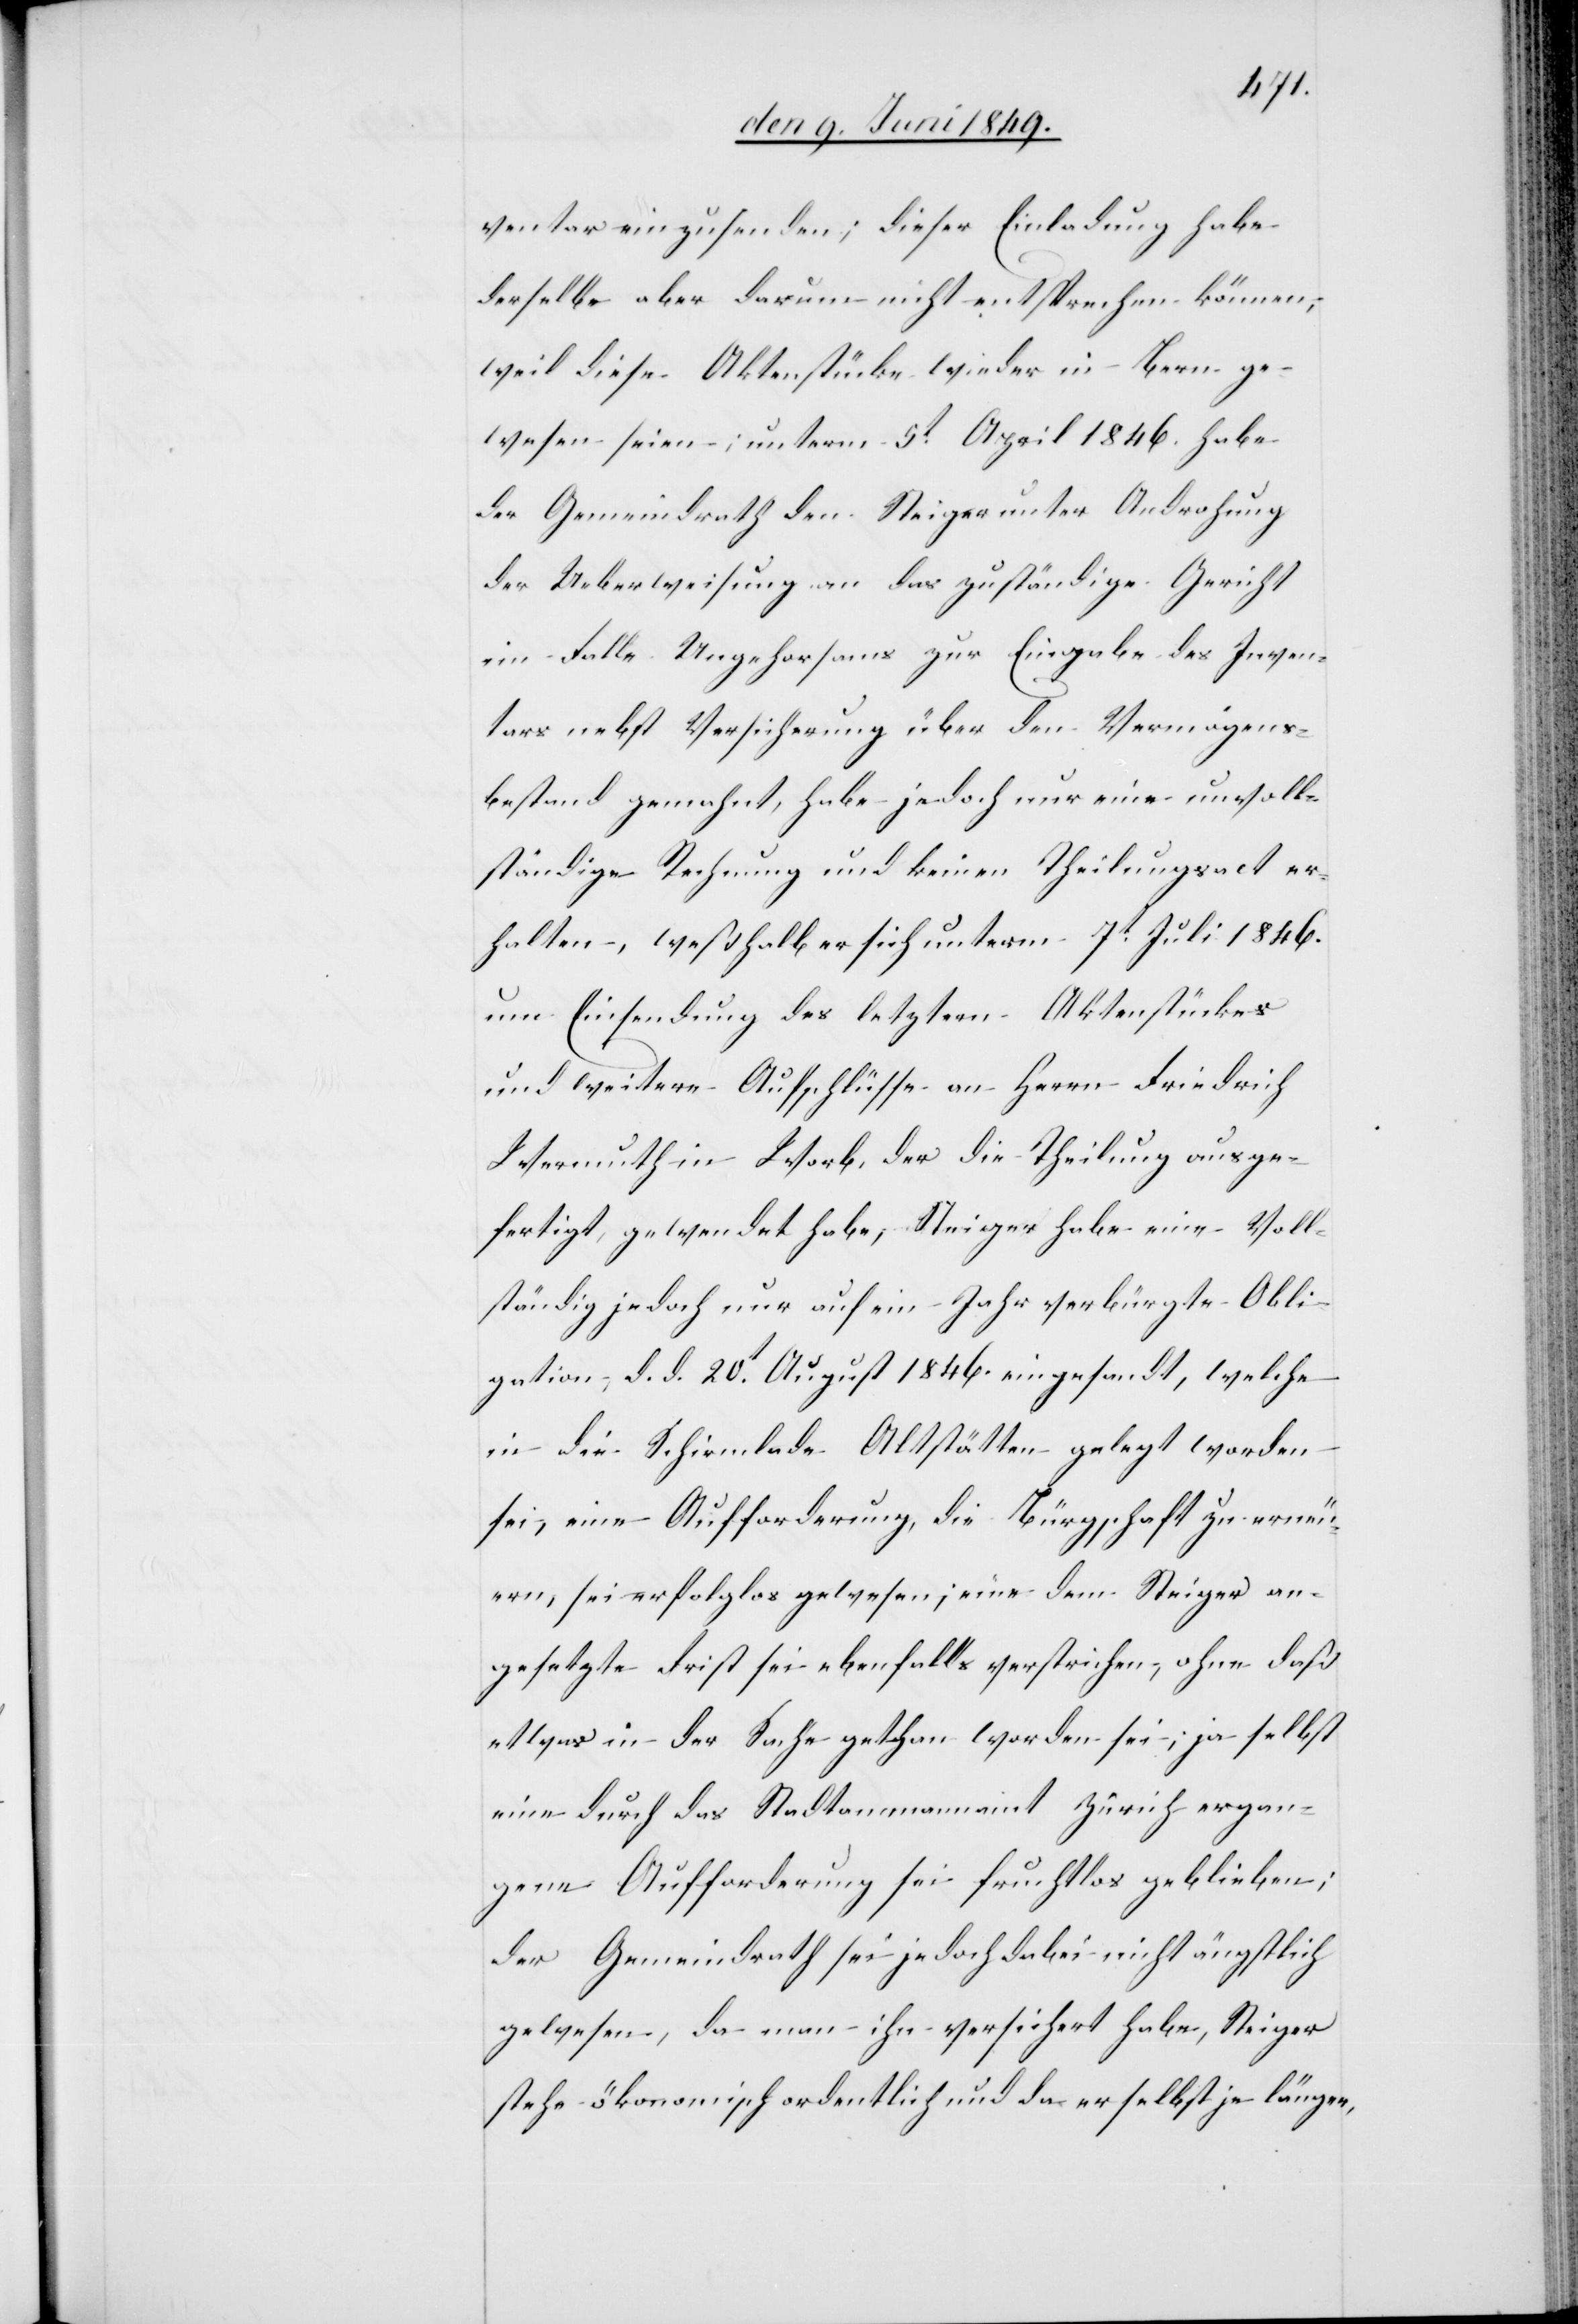
ventar einzusenden; dieser Einladung habe
derselbe aber darum nicht entsprechen können;
weil diese Aktenstücke wieder in Bern ge¬
wesen seien; unterm 5t April 1846. habe
der Gemeindrath dem Steiger unter Androhung
der Ueberweisung an das zuständige Rechnung
erhalten, weßhalb er sich unterm 7t Juli 1846.
um Einsendung des letztern Aktenstückes
und weitere Aufschlüsse an Herrn Friedrich
Wermuth in Worb, der die Theilung ausge¬
fertigt, gewendet habe, Steiger habe eine Voll¬
ständig jedoch nur auf ein Jahr verbürgerte Obli¬
gation, d. d. 20t August 1846. eingesandt, welche
in die Schirmlade Altstätten gelegt worden
sei, eine Aufforderung, die Bürgschaft zu erneu¬
ern, sei ersatzlos gewesen, eine dem Steiger an¬
gesetzte Frist sei ebenfalls verstrichen, ohne daß
etwas in der Sache gethan worden sei, ja selbst
eine durch das Stadtammannamt Zürich ergan¬
gene Aufforderung sei fruchtlos geblieben;
der Gemeindrath sei jedoch dabei nicht ängstlich
gewesen, da man ihn versichert habe, Steiger
stehe ökonomisch ordentlich und da selbst je länger,